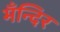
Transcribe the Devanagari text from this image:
मँन्दिर